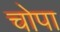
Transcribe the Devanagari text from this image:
चोपा